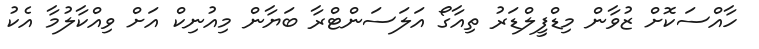
ހާއްސަކޮށް ޒުވާން މިޑްފީލްޑަރު ތިއާގޯ އަލަސަންޓްރާ ބަޔާން މިއުނިކް އަށް ވިއްކާލުމާ އެކު